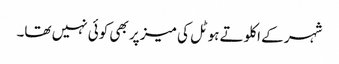
شہر کے اکلوتے ہوٹل کی میز پر بھی کوئی نہیں تھا۔